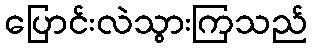
ပြောင်းလဲသွားကြသည်